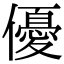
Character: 優